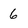
Character: 6